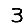
Digit: 3